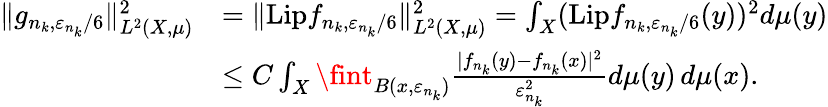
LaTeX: \begin{array}{rl}{\| g_{n_{k},\varepsilon_{n_{k}}/6}\| _{L^{2}(X,\mu)}^{2}}&{=\| \mathrm{Lip}f_{n_{k},\varepsilon_{n_{k}}/6}\| _{L^{2}(X,\mu)}^{2}=\int_{X}(\mathrm{Lip}f_{n_{k},\varepsilon_{n_{k}}/6}(y))^{2}d\mu(y)}\\ &{\leq C\int_{X}\fint_{B(x,\varepsilon_{n_{k}})}\frac{|f_{n_{k}}(y)-f_{n_{k}}(x)|^{2}}{\varepsilon_{n_{k}}^{2}}d\mu(y)\, d\mu(x).}\end{array}